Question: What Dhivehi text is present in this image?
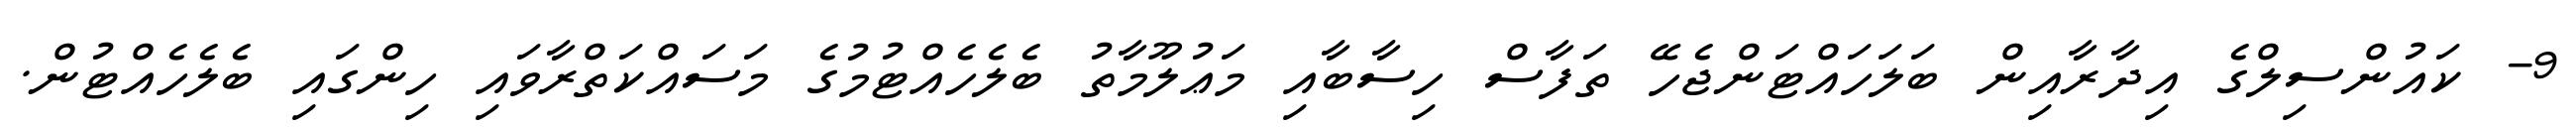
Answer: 9- ކައުންސިލްގެ އިދާރާއިން ބަލަހައްޓަންޖެހޭ ތަފާސް ހިސާބާއި މަޢުލޫމާތު ބެލެހެއްޓުމުގެ މަސައްކަތްރާވައި ހިންގައި ބެލެހެއްޓުން.